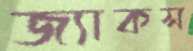
জ্যাকস